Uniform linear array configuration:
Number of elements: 12
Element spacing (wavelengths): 0.5
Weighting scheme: hamming
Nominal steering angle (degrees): -15
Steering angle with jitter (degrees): -15.564
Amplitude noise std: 0.05
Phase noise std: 0.05

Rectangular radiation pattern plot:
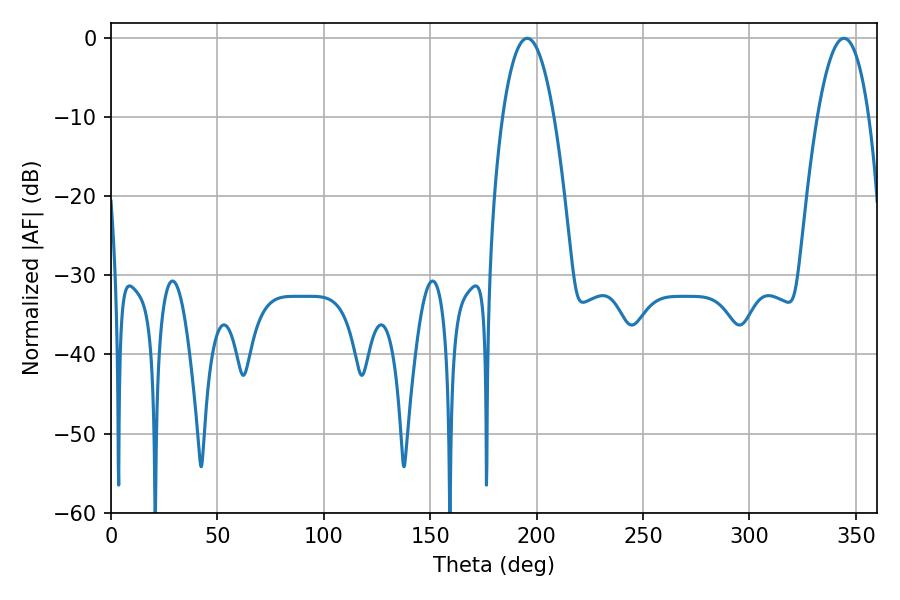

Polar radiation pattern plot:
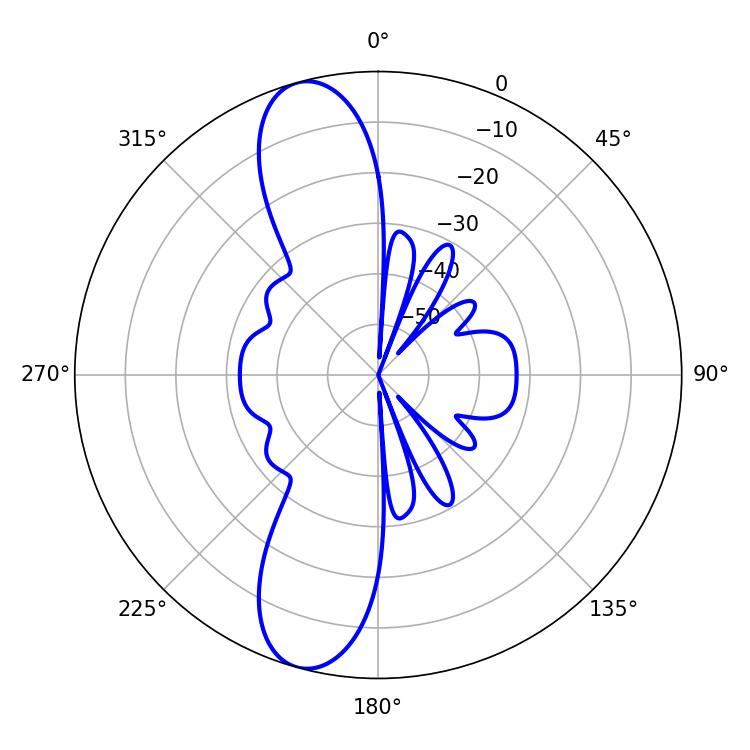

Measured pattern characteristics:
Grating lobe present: FALSE
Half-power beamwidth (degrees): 13.5
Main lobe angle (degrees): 344.34